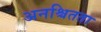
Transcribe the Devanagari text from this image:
अनश्चितता